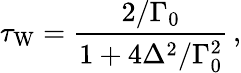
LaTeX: \tau_{\mathrm{W}}=\frac{2/\Gamma_{0}}{1+4\Delta^{2}/\Gamma_{0}^{2}}\, ,